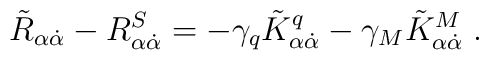
\tilde R_{\alpha \dot{\alpha}} - R^S_{\alpha \dot{\alpha}} = -\gamma_q\tilde{K}_{\alpha\dot{\alpha}}^q  - \gamma_M\tilde{K}_{\alpha\dot{\alpha}}^M \;.